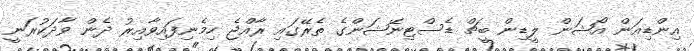
އިންޑިއަން އޯޝަން ލީޑިން ބީޗް ޑެސްޓިނޭޝަންގެ ތެރޭގައި ރާއްޖެ ހިމެނިފައިވާއިރު ދެން ވާދަކުރަނީ